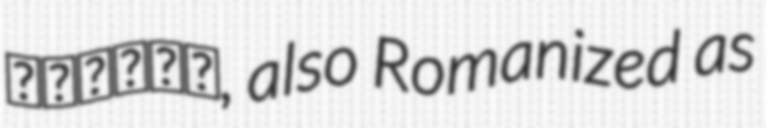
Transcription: پيرالي, also Romanized as